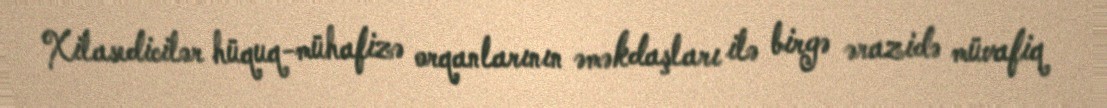
Xilasedicilər hüquq-mühafizə orqanlarının əməkdaşları ilə birgə ərazidə müvafiq